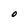
Character: O